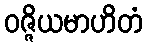
ဝဇ္ဇိယမာဟိတံ